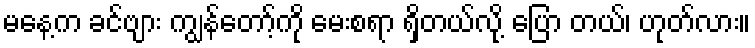
မနေ့က ခင်ဗျား ကျွန်တော့်ကို မေးစရာ ရှိတယ်လို့ ပြော တယ်၊ ဟုတ်လား။